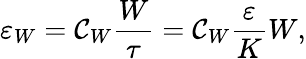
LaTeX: \varepsilon_{W}=\mathcal{C}_{W}\frac{{W}}{{\tau}}=\mathcal{C}_{W}\frac{{\varepsilon}}{{K}}W,